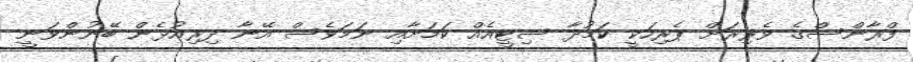
ފްރާންސްގެ ވެރިރަށް ޕެރިހަކީ ކަމުދާ ސިޓީއެއް ކަމަށާއި ނަމަވެސް އޭނާ ދިރިއުޅެން ބޭނުންވަނީ